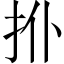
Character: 𢪗